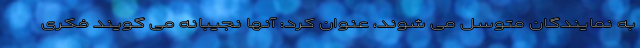
به نمایندگان متوسل می شوند، عنوان کرد: آنها نجیبانه می گویند فکری